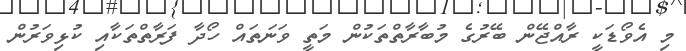
މި އެވޯޑަކީ ރާއްޖޭން ބޭރުގެ މުބާރާތްތަކުން މަތީ ވަނަތައް ހޯދާ ފަރާތްތަކާއި ކުޅިވަރުން